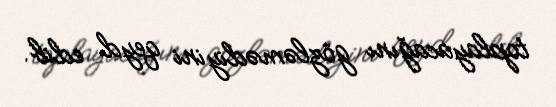
toplayacağını gözləmədiyini qeyd edib.